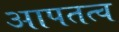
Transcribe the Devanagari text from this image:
आपतत्व